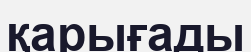
қарығады